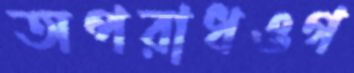
অপরাধওগ